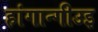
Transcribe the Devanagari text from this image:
हांगान्गीउइ